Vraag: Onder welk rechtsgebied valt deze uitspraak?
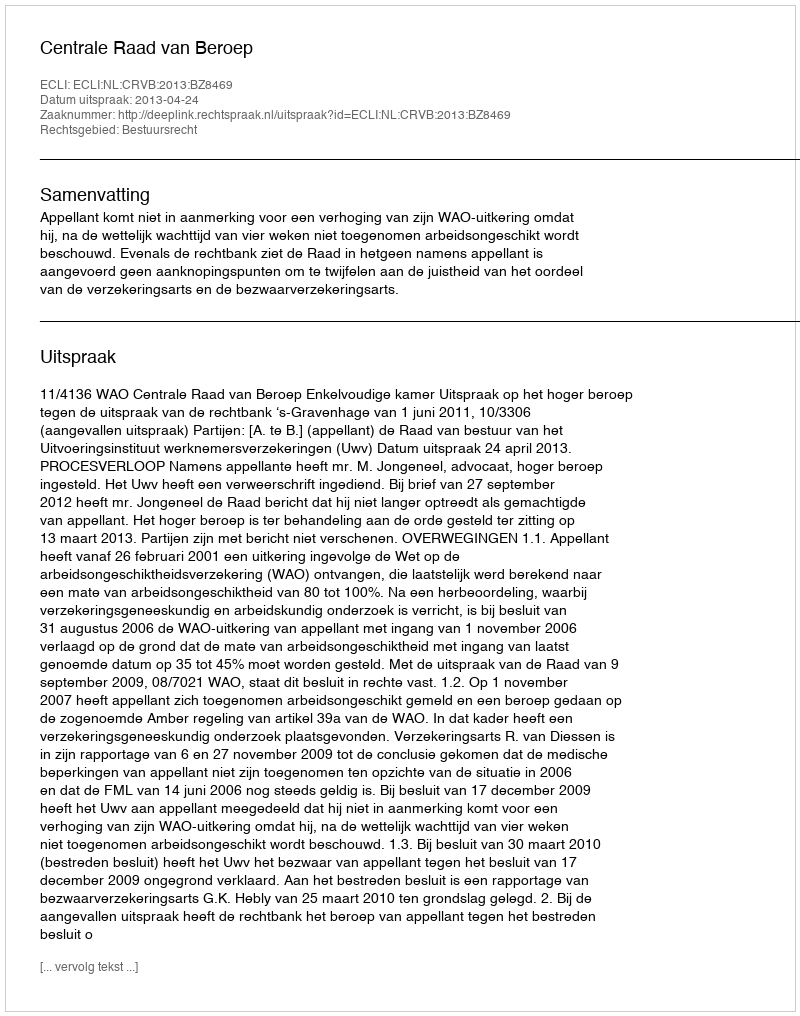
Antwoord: Bestuursrecht